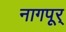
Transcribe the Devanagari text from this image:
नागपूर्